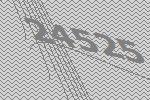
24525